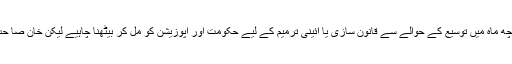
آرمی چیف کے حوالے سے سپریم کورٹ کے حکم پر چھ ماہ میں توسیع کے حوالے سے قانون سازی یا آئینی ترمیم کے لیے حکومت اور اپوزیشن کو مل کر بیٹھنا چاہیے لیکن خان صا حب نوشتہ دیوار پڑھنے سے یکسر عاری نظر آ تے ہیں۔